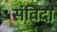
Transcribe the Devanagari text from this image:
संविदा